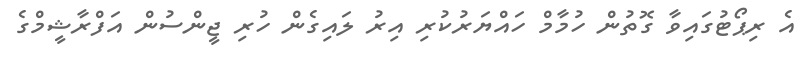
އެ ރިޕޯޓުގައިވާ ގޮތުން ހުމާމް ހައްޔަރުކުރި އިރު ލައިގެން ހުރި ޖީންސުން އަފްރާޝީމްގެ